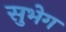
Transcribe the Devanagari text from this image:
सुभेग